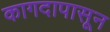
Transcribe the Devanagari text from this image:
कागदापासून